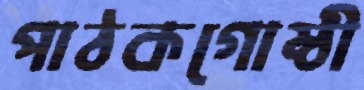
পাঠকগোষ্ঠী